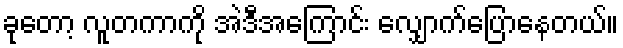
ခုတော့ လူတကာကို အဲဒီအကြောင်း လျှောက်ပြောနေတယ်။